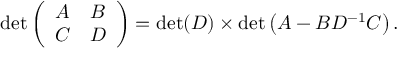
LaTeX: \operatorname* { d e t } { \left( \begin{array} { l l } { A } & { B } \\ { C } & { D } \end{array} \right) } = \operatorname* { d e t } ( D ) \times \operatorname* { d e t } \left( A - B D ^ { - 1 } C \right) .